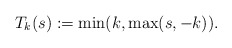
\begin{align*}T_k(s) := \min(k,\max(s,-k)).\end{align*}